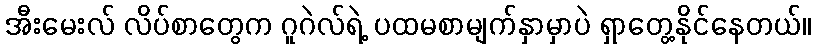
အီးမေးလ် လိပ်စာတွေက ဂူဂဲလ်ရဲ့ ပထမစာမျက်နှာမှာပဲ ရှာတွေ့နိုင်နေတယ်။